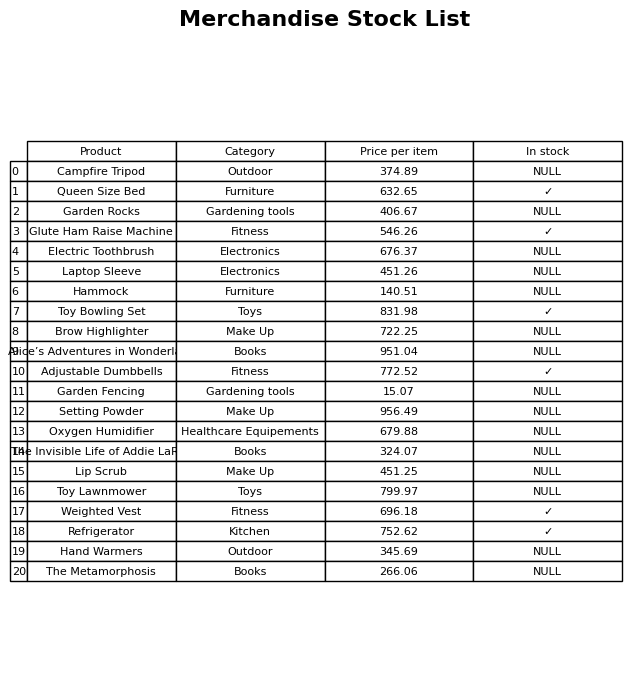
question: Is the Weighted Vest in stock?
answer: ✓